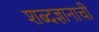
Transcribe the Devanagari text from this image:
शब्दज्ञानाची